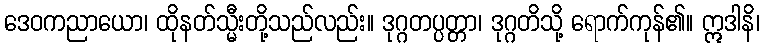
ဒေဝကညာယော၊ ထိုနတ်သ္မီးတို့သည်လည်း။ ဒုဂ္ဂတပ္ပတ္တာ၊ ဒုဂ္ဂတိသို့ ရောက်ကုန်၏။ ဣဒါနိ၊